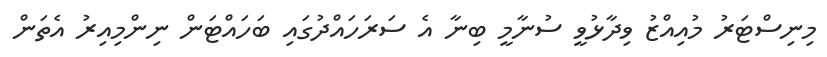
މިނިސްޓަރު މުއިއްޒު ވިދާޅުވީ ސުނާމީ ބިނާ އެ ސަރަހައްދުގައި ބަހައްޓަން ނިންމިއިރު އެތަން